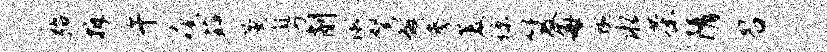
殆拆午瘦茹薰粤削淑弩煞参菱琼笈每蜿水茶隋召